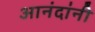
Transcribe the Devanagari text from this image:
आनंदांनी